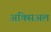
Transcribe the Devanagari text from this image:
अक्सिअल